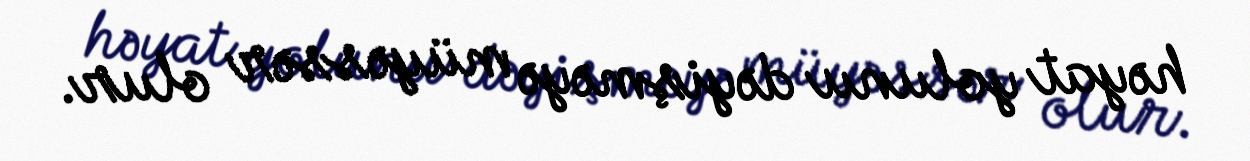
həyat yolunu dəyişməyə müyəssər olur.